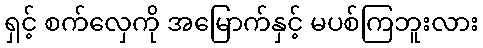
ရှင့် စက်လှေကို အမြောက်နှင့် မပစ်ကြဘူးလား